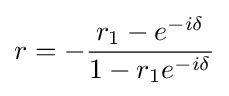
r=-{\frac {r_{1}-e^{-i\delta }}{1-r_{1}e^{-i\delta }}}